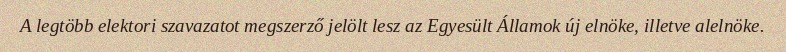
A legtöbb elektori szavazatot megszerző jelölt lesz az Egyesült Államok új elnöke, illetve alelnöke.